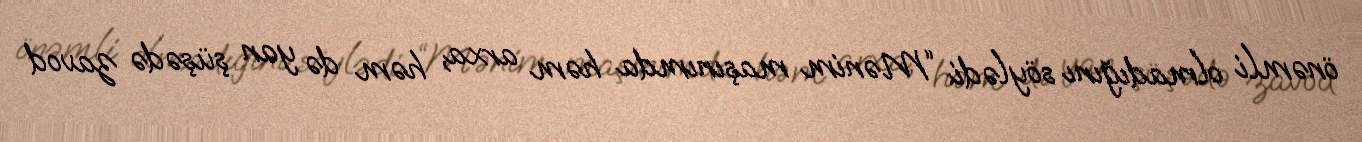
önəmli olmadığını söylədi: “Mənim maşınımda həm arxa, həm də yan şüşədə zavod